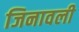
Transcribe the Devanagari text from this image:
जिनावली